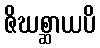
ဇိဃစ္ဆာယပိ